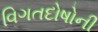
વિગતદોષોની